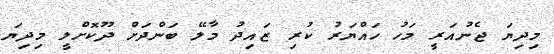
މިދިޔަ ޖެނުއަރީ މަހު ހައްޔަރު ކުރިި ޒައިދު މާލޭ ބަންދަށް ދޫކޮށްލީ މިދިޔަ